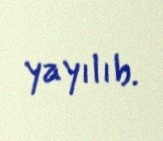
yayılıb.